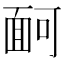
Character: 𩈔